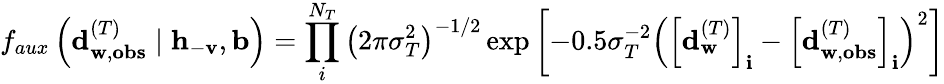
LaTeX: f_{aux}\left(\mathbf{d}_{\mathbf{w},\mathbf{obs}}^{(T)}\mid\mathbf{h}_{-\mathbf{v}},\mathbf{b}\right)=\prod_{i}^{N_{T}}{\left(2\pi\sigma_{T}^{2}\right)^{-1/2}\exp{\left[-0.5\sigma_{T}^{-2}\left(\left[\mathbf{d}_{\mathbf{w}}^{(T)}\right]_{\mathbf{i}}-\left[\mathbf{d}_{\mathbf{w},\mathbf{obs}}^{(T)}\right]_{\mathbf{i}}\right)^{2}\right]}}